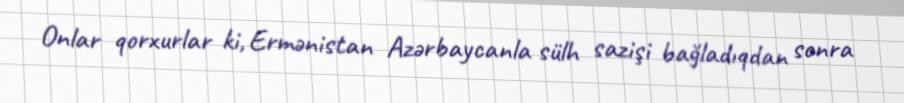
Onlar qorxurlar ki, Ermənistan Azərbaycanla sülh sazişi bağladıqdan sonra